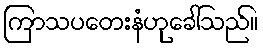
ကြာသပတေးနံဟုခေါ်သည်။